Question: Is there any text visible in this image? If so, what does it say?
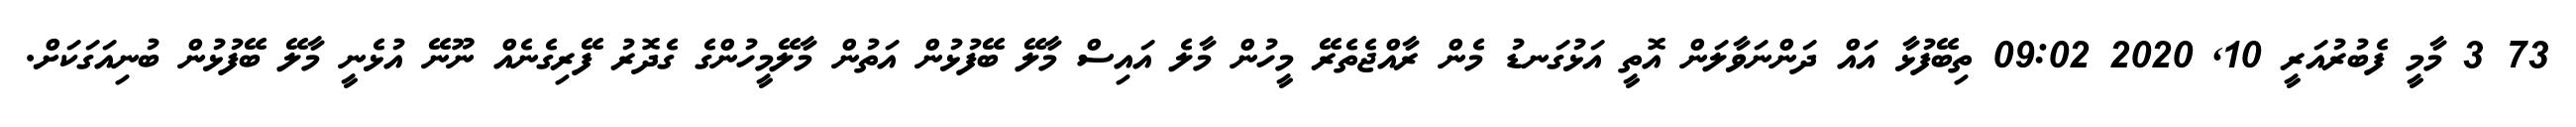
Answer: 73 3 މާމީ ފެބުރުއަރީ 10, 2020 09:02 ތިބޭފުޅާ އައް ދަންނަވާލަން އޮތީ އަޅުގަނޑު މެން ރާއްޖެތެރޭ މީހުން މާލެ އައިސް މާލޭ ބޭފުޅުން އަތުން މާލޭމީހުންގެ ގެދޮރު ފޭރިގެނެއް ނޫނޭ އުޅެނީ މާލޭ ބޭފުޅުން ބުނިއަގަކަށް.